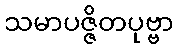
သမာပဇ္ဇိတပုဗ္ဗာ